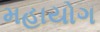
મહાયોગ